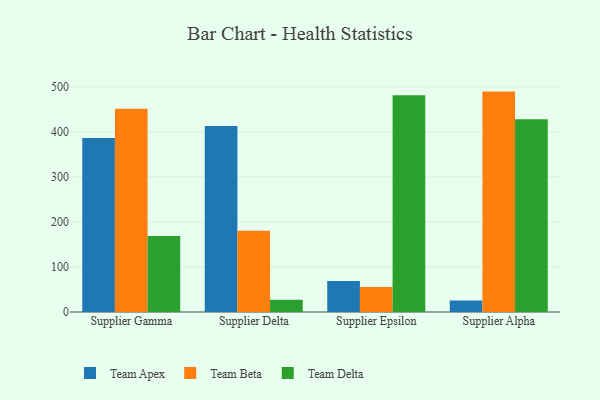
{"axis": {"x": "Supplier", "y": "Gross Profit (USD K)"}, "legend": ["Team Apex", "Team Beta", "Team Delta"], "data": [{"x": "Supplier Gamma", "y": 386.3, "type": "Team Apex"}, {"x": "Supplier Gamma", "y": 451.4, "type": "Team Beta"}, {"x": "Supplier Gamma", "y": 168.7, "type": "Team Delta"}, {"x": "Supplier Delta", "y": 413.0, "type": "Team Apex"}, {"x": "Supplier Delta", "y": 180.7, "type": "Team Beta"}, {"x": "Supplier Delta", "y": 27.0, "type": "Team Delta"}, {"x": "Supplier Epsilon", "y": 68.8, "type": "Team Apex"}, {"x": "Supplier Epsilon", "y": 55.4, "type": "Team Beta"}, {"x": "Supplier Epsilon", "y": 481.3, "type": "Team Delta"}, {"x": "Supplier Alpha", "y": 25.7, "type": "Team Apex"}, {"x": "Supplier Alpha", "y": 489.5, "type": "Team Beta"}, {"x": "Supplier Alpha", "y": 428.3, "type": "Team Delta"}]}